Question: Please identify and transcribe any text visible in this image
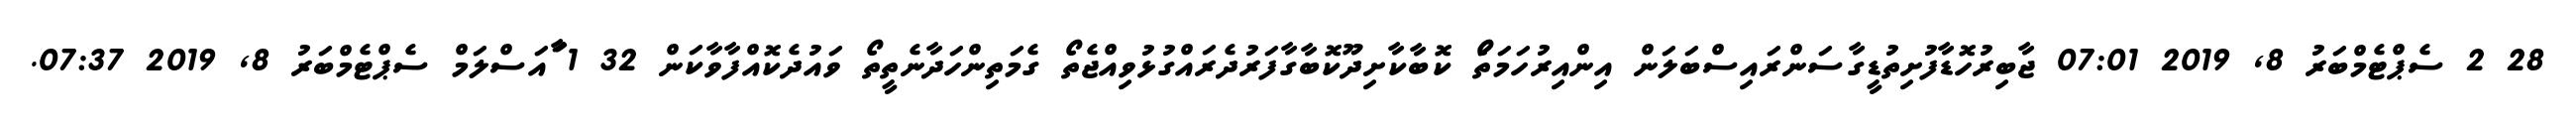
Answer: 28 2 ސެޕްޓެމްބަރު 8, 2019 07:01 ޖާބިރުހޮޑާފުށިތުޑީގާސަންރައިސްބަލަން އިންއިރުހަމަތަޯ ކޮބާކާށިދޫކޮބާގާފަރުދެރައްގުޅުވިއްޖެތޯ ގެމަތިންހަދާނެތީތޯ ވައުދެކޮއްފާވާކަން 32 1 ާައަސްލަމް ސެޕްޓެމްބަރު 8, 2019 07:37.